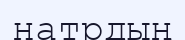
натрдың